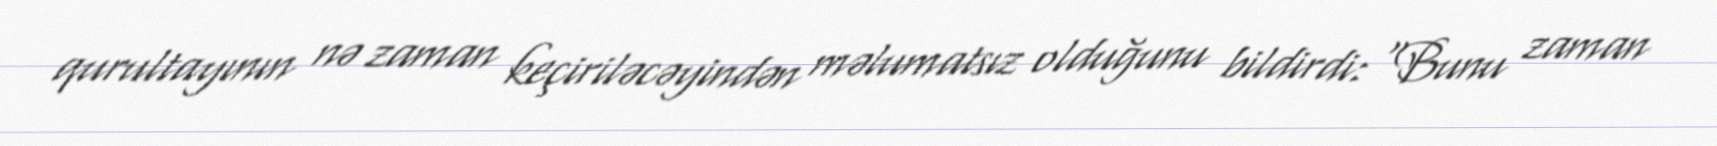
qurultayının nə zaman keçiriləcəyindən məlumatsız olduğunu bildirdi: “Bunu zaman